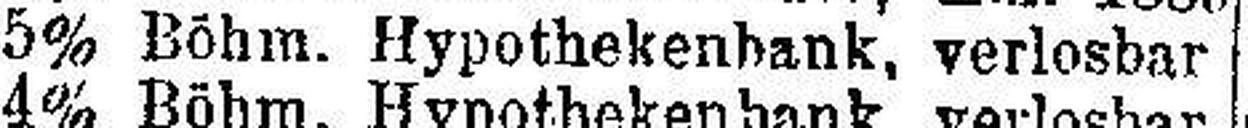
5% Böhm. Hypothekenbank, verlosbar